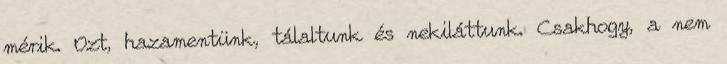
mérik. Ozt, hazamentünk, tálaltunk és nekiláttunk. Csakhogy, a nem